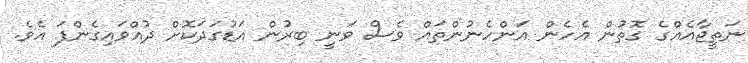
ނަތީޖާއެއްގެ ގޮތުން އެހެން އަންހެނުންތައް ވެސް ވަނީ ބިރުން އަޑުގަދަކޮށް ދުއްވައިގެންފަ އެވެ.